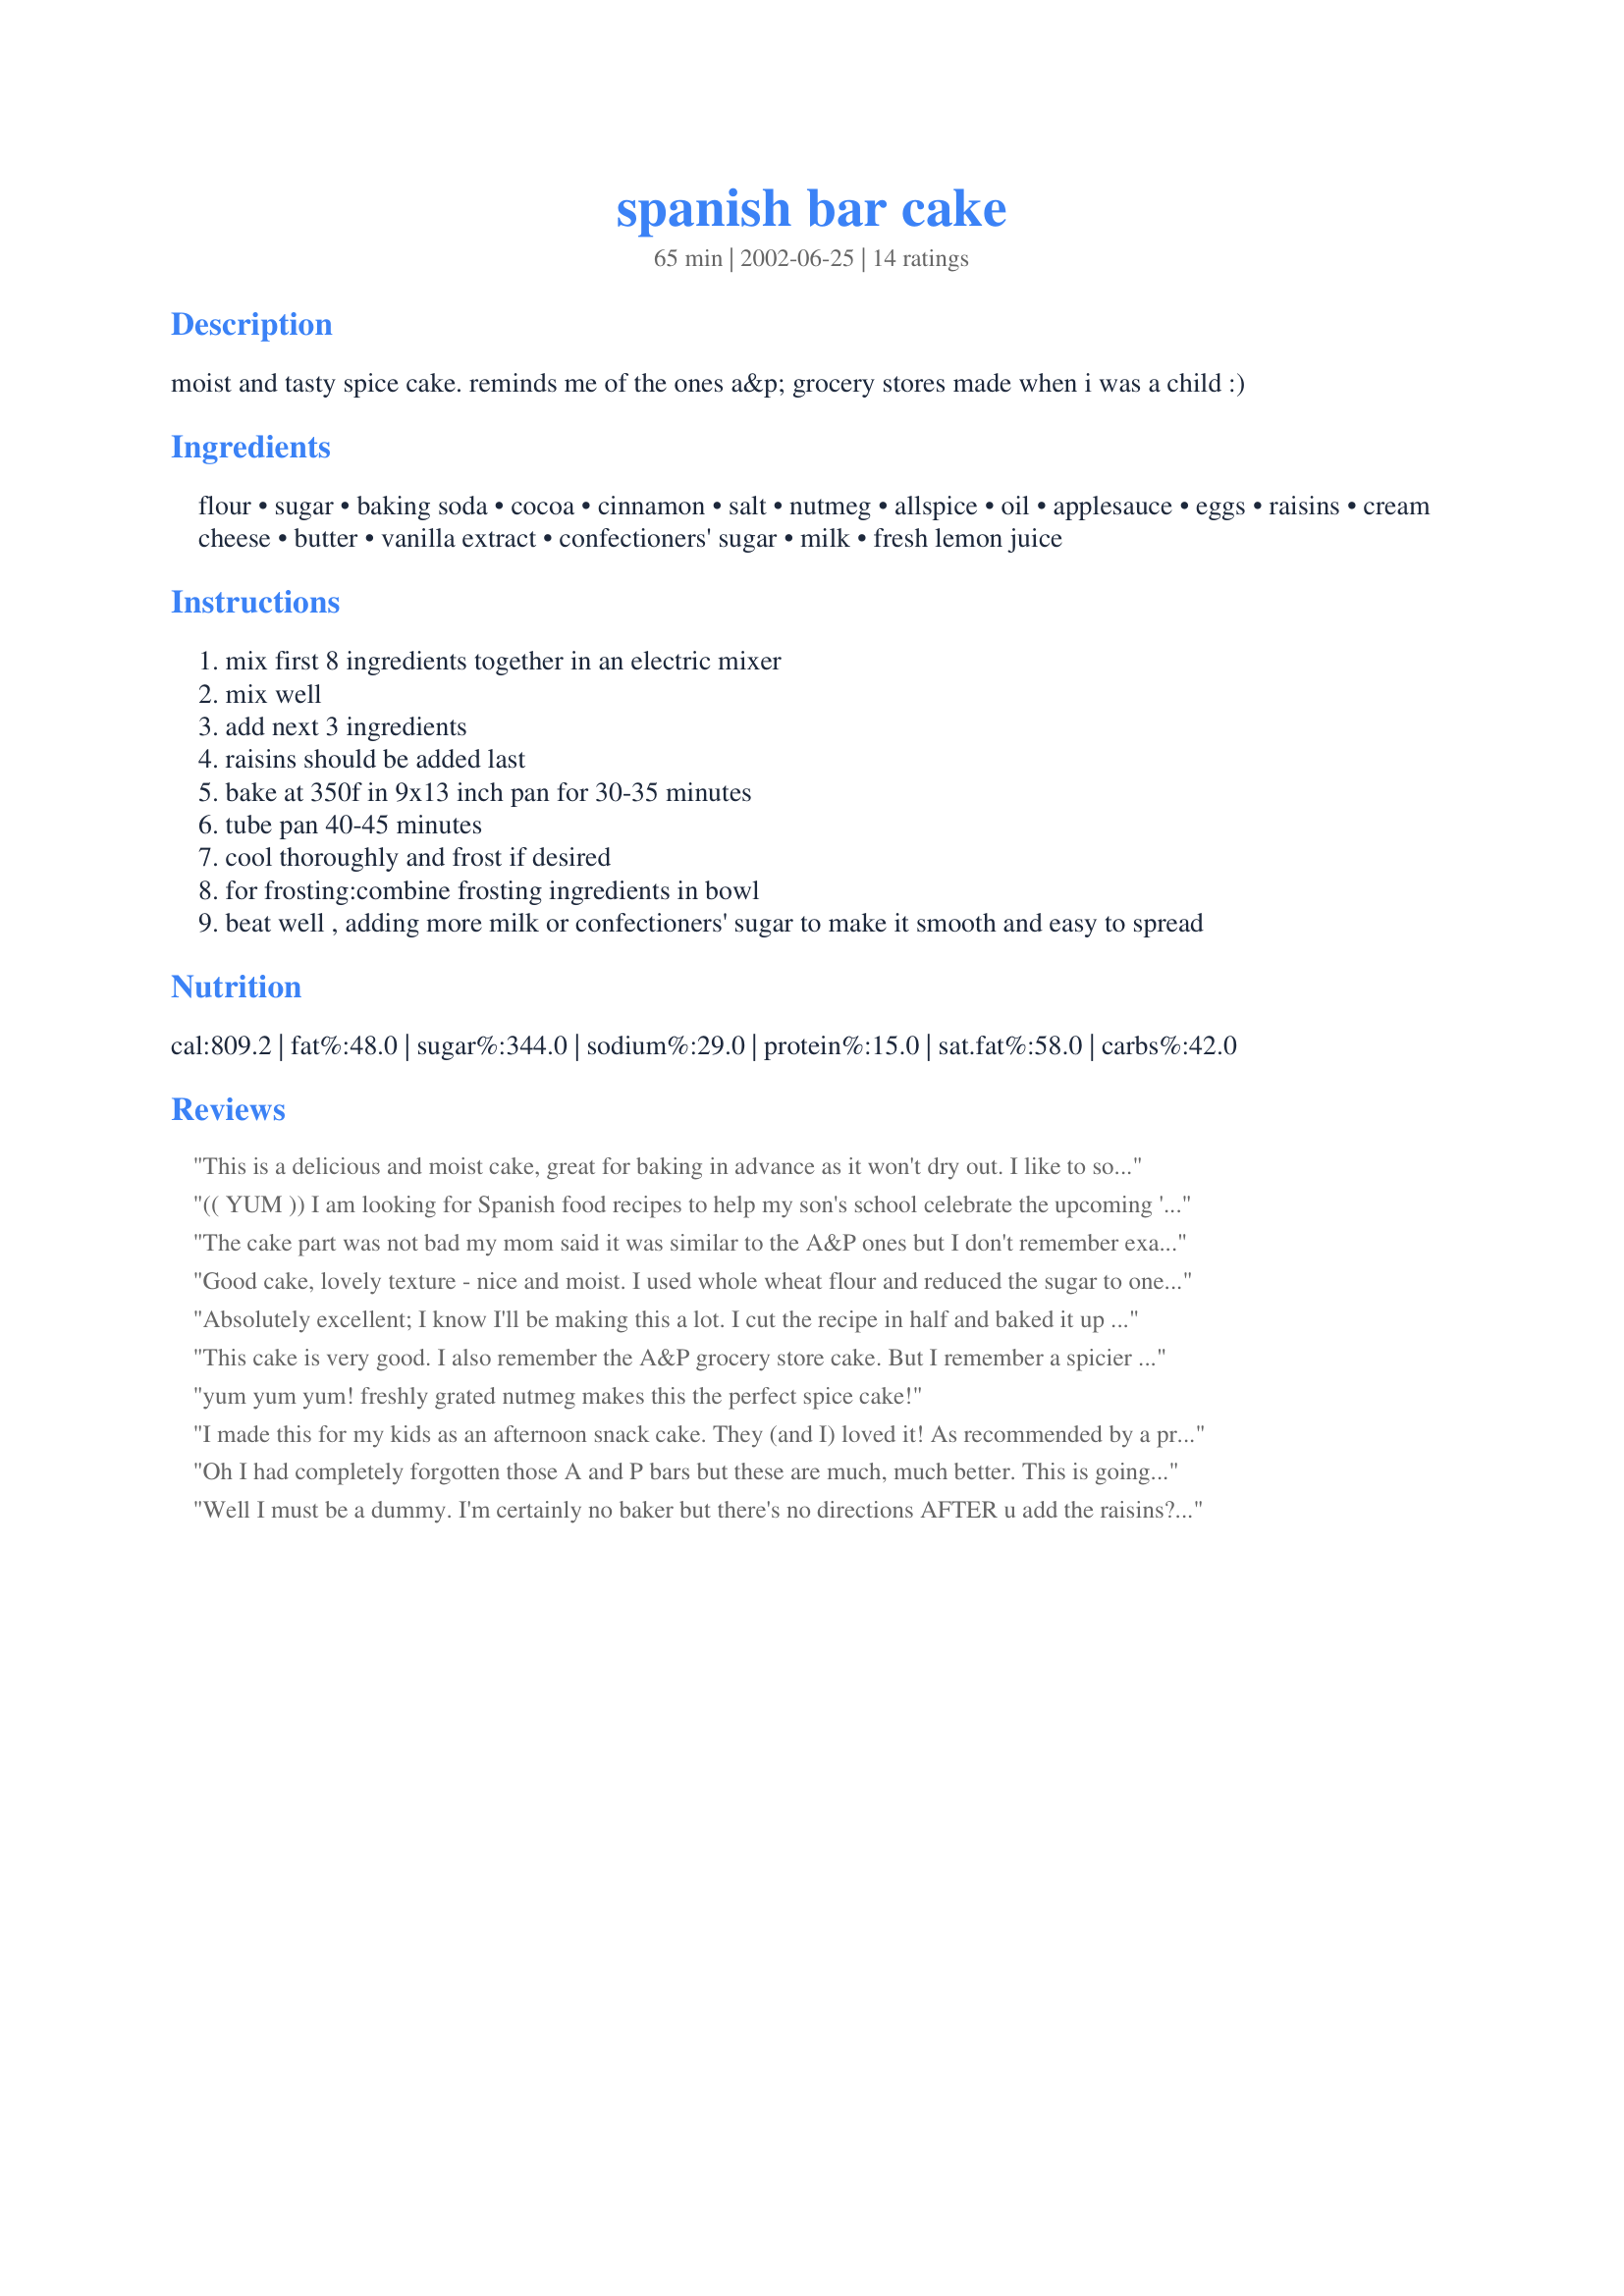
spanish bar cake
Preparation time: 65 minutes

moist and tasty spice cake. reminds me of the ones a&p grocery stores made when i was a child :)

Ingredients:
flour, sugar, baking soda, cocoa, cinnamon, salt, nutmeg, allspice, oil, applesauce, eggs, raisins, cream cheese, butter, vanilla extract, confectioners' sugar, milk, fresh lemon juice

Steps:
mix first 8 ingredients together in an electric mixer
mix well
add next 3 ingredients
raisins should be added last
bake at 350f in 9x13 inch pan for 30-35 minutes
tube pan 40-45 minutes
cool thoroughly and frost if desired
for frosting:combine frosting ingredients in bowl
beat well , adding more milk or confectioners' sugar to make it smooth and easy to spread

Reviews:
This is a delicious and moist cake, great for baking in advance as it won't dry out. I like to soak the raisins in rum for a few days in advance.
(( YUM ))

I am looking for Spanish food recipes to help my son's school celebrate the upcoming 'Memphis In May' celebration whereby we honor a chosen country every year. This year it is Spain.
I don't know if this is a real Spanish cake or not-I'm clueless to the origin of it, but I came accross your recipe while searching the site, and decided to try it. 
Now, I grew up in Pennsylvania, and I remember A & P stores ( ahhh-the good ole' days!), and I swear as soon as I took a bite of this cake I was 8 again! I remembered it!!
 I made two cakes, one for us to eat at home, and one for my husband to take to work to try out on his employees. Everyone loved it according to him, and said that it would be just as good without the icing. I made them in bundt cake pans and I have to tell ya', this was one of the moistest cakes I have ever eaten! Thanks 1Steve for the fantabulous recipe!
The cake part was not bad my mom said it was similar to the A&P ones but I don't remember exactly what they tasted like I was very young and we didn't get them that often but the nutmeg seemed a little strong to me .

The frosting was not good at all. It was very runny so I added nearly an extra cup of powdered sugar but that didn't help I still had to pour it over the cake like a glaze. I did forget the lemon juice but the last thing it needed was more liquid. It's way to sweet and over powers the cake. I doubt I'll make it again and I know I won't be using this frosting.
Good cake, lovely texture - nice and moist. I used whole wheat flour and reduced the sugar to one cup, which was plenty. The cocoa as a spice was interesting and subtle. I found the allspice a bit much, I will cut it back a bit next time; I think it gave a slightly harsh quality. I did not make the cream cheese icing, just a vanilla buttercream. I suspect this cake will keep quite well but I sure can't speak from experience; it was gone in a flash.
Absolutely excellent; I know I'll be making this a lot. I cut the recipe in half and baked it up in a 9" square pan; it was done perfectly after 25 minutes. I also subbed Splenda for part of the sugar. Other than the Splenda substitution and cutting the recipe in half, I made no other changes. This came together very fast, and the resulting cake is beautifully moist and tender, with a wonderful spice flavour. I didn't bother with the icing; this really doesn't need it. Thanks for posting!
This cake is very good. I also remember the A&P grocery store cake. But I remember a spicier flavor. I figured that the flavor would be stronger as it mellowed but the cake was devoured in no time. I did frost it but will cut back on the 1/3 cup of milk as the frosting was a bit thin.
This recipe is a keeper!
yum yum yum! freshly grated nutmeg makes this the perfect spice cake!
I made this for my kids as an afternoon snack cake. They (and I) loved it! As recommended by a prior reviewer, I only used half the allspice and it was just great. I use unsweetened applesauce and did not frost it, and that was perfect. I will definitely make this again.
Oh I had completely forgotten those A and P bars but these are much, much better. This is going into my files so I do not lose them. Thanks again.......
Well I must be a dummy. I'm certainly no baker but there's no directions AFTER u add the raisins??? Just add the raisins n bake,.. Don't u have to stir or beat it again? N for how long? I used my own judgement and beat it about 1-1/2 mins. It's in the oven n I'm praying! Will report back. puzzler
I forgot to rate this recipe until I took half of it from the freezer today. I liked this recipe but it is just a little off, not quite like the old A&P. I may fiddle around with it and see how close I can come to the original. I still think 5 stars are appropiate. I definately will make again with a few different ingredients. THX, 1STEVE
Delicious! Perfect. The cake is quite enough on its own and can easily do without the icing, it's that rich and moist. I'll be making this Spanish Bar often just to have it available for unexpected guests. On special occasions I'll make the icing which is just too delicious.
my friends and family loved it. i feel like a rock star. thank you!
so very good, got milk
